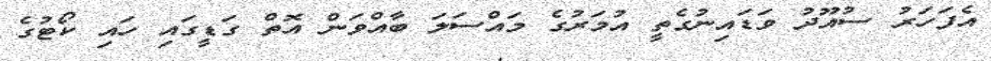
އެފަހަރު ސުއޫދު ވަޑައިނުގެތީ އުމަރުގެ މައްސަލަ ބާއްވަން އޮތް ގަޑީގައި ހައި ކޯޓުގެ